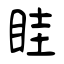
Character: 眭